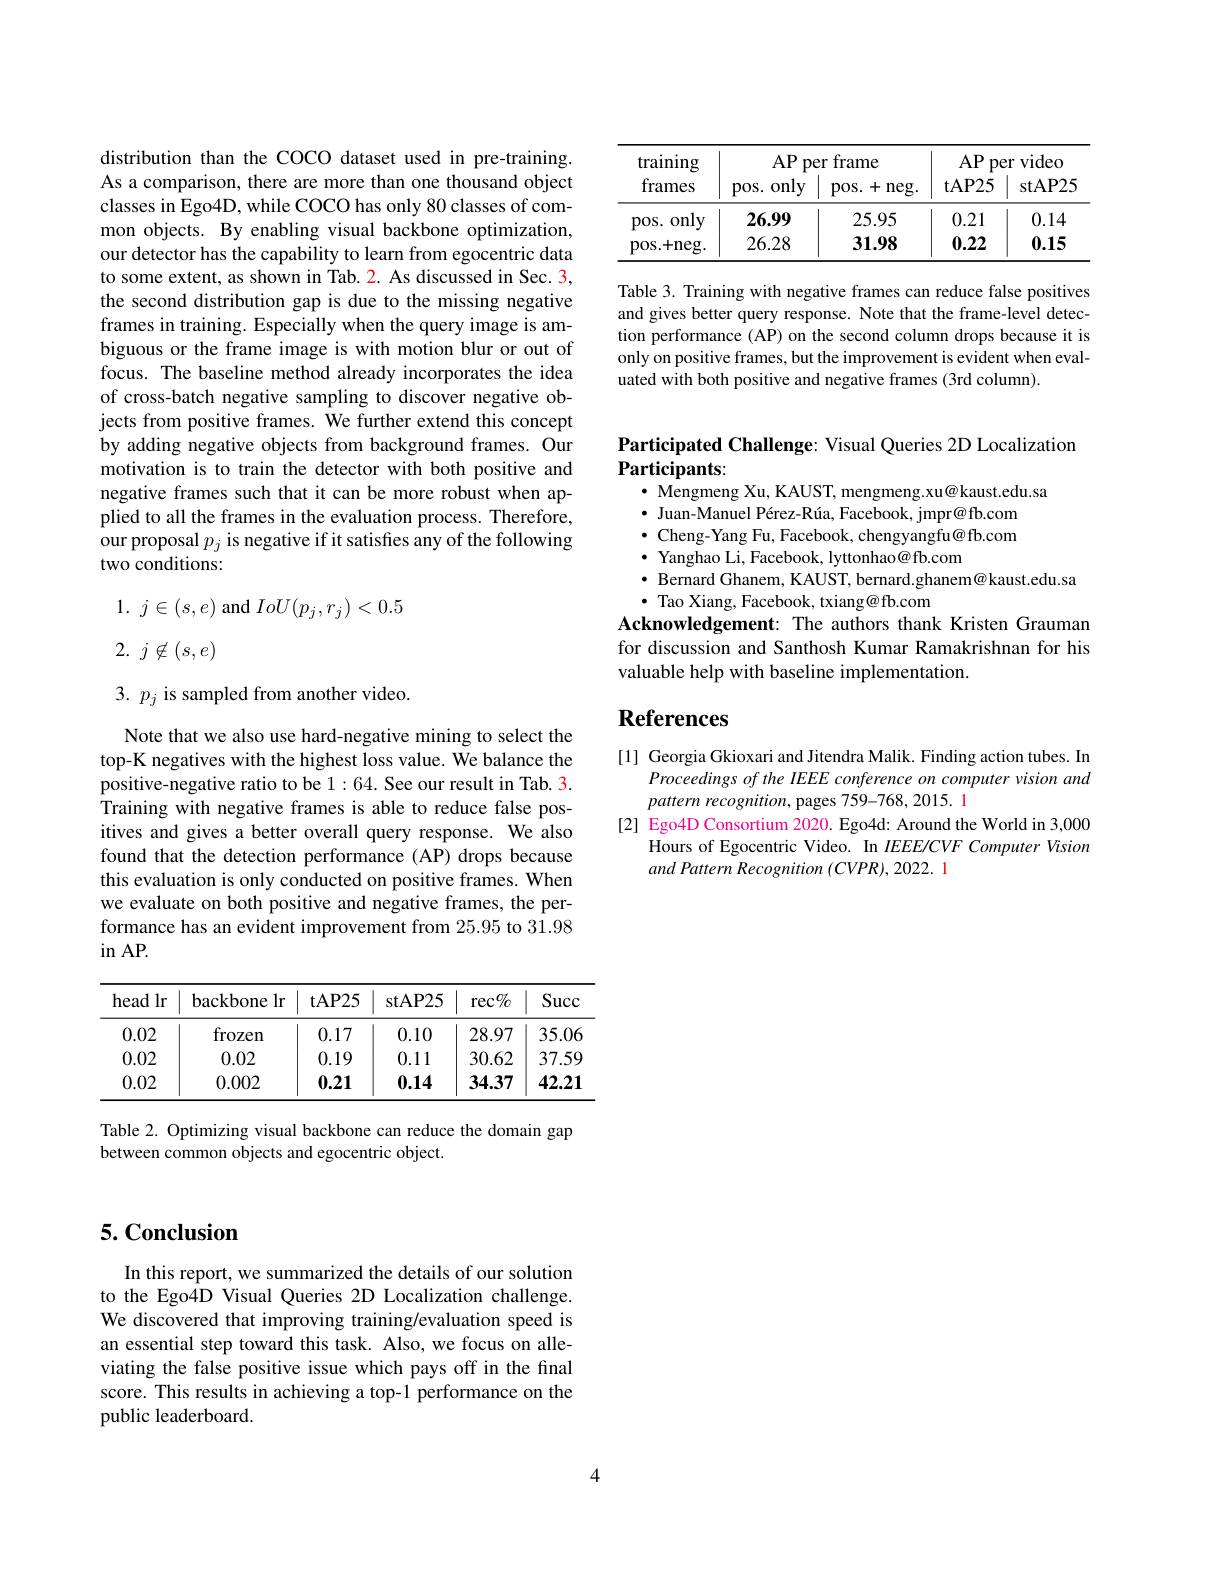
distribution than the COCO dataset used in pre-training. As a comparison, there are more than one thousand object classes in Ego4D, while COCO has only 80 classes of common objects. By enabling visual backbone optimization, our detector has the capability to learn from egocentric data to some extent, as shown in Tab. 2. As discussed in Sec. 3, the second distribution gap is due to the missing negative frames in training. Especially when the query image is ambiguous or the frame image is with motion blur or out of focus. The baseline method already incorporates the idea of cross-batch negative sampling to discover negative objects from positive frames. We further extend this concept by adding negative objects from background frames. Our motivation is to train the detector with both positive and negative frames such that it can be more robust when applied to all the frames in the evaluation process. Therefore, our proposal $p_j$ is negative if it satisfies any of the following two conditions:

1. $j\in ( s, e)$ and $IoU(p_j,r_j)<0.5$
2. $j\not \in ( s, e)$

3. $p_{j}$ is sampled from another video.

Note that we also use hard-negative mining to select the top-K negatives with the highest loss value. We balance the positive-negative ratio to be 1 :64. See our result in Tab. 3. Training with negative frames is able to reduce false positives and gives a better overall query response. We also found that the detection performance (AP) drops because this evaluation is only conducted on positive frames. When we evaluate on both positive and negative frames, the performance has an evident improvement from 25.95 to 31.98 in AP.

<table>
	<tbody>
		<tr>
			<th>head lr</th>
			<th>backbone $\lim_{\mathrm{c}}$</th>
			<th>$\mathbf{tAP25}$</th>
			<th>stAP25</th>
			<th>$rec\%$</th>
			<th>Succ</th>
		</tr>
		<tr>
			<td>0.02</td>
			<td>frozen</td>
			<td>0.17</td>
			<td>0.10</td>
			<td>28.97</td>
			<td>35.06</td>
		</tr>
		<tr>
			<td>0.02</td>
			<td>0.02</td>
			<td>0.19</td>
			<td>0.11</td>
			<td>30.62</td>
			<td>37.59</td>
		</tr>
		<tr>
			<td>0.02</td>
			<td>0.002</td>
			<td>0.21</td>
			<td>0.14</td>
			<td>34.37</td>
			<td>42.21</td>
		</tr>
	</tbody>
</table>

Table 2. Optimizing visual backbone can reduce the domain gap
between common objects and egocentric object.

<table>
	<tbody>
		<tr>
			<th>training frames</th>
			<th>$AP$ $Pi$ pos. only</th>
			<th>frame $\gimel\Upsilon$ pos. + neg. </th>
			<th>$AP$ pe $tAP25$</th>
			<th>video $\Upsilon$ stAP25</th>
		</tr>
		<tr>
			<td>pos. only</td>
			<td>26.99</td>
			<td>25.95</td>
			<td>0.21</td>
			<td>0.14</td>
		</tr>
		<tr>
			<td>pos. + neg. </td>
			<td>26.28</td>
			<td>31.98</td>
			<td>0.22</td>
			<td>0.15</td>
		</tr>
	</tbody>
</table>

Table 3. Training with negative frames can reduce false positives and gives better query response. Note that the frame-level detection performance (AP) on the second column drops because it is only on positive frames, but the improvement is evident when evaluated with both positive and negative frames (3rd column).

## Participated Challenge: Visual Queries 2D Localization Participants: $\cdot$ Mengmeng Xu, KAUST, mengmeng.xu@kaust.edu.sa

$\bullet$ Juan-Manuel Pérez-Rúa, Facebook, jmpr@fb.com $\bullet$ Cheng-Yang Fu, Facebook, chengyangfu@fb.com $\bullet$ Yanghao Li, Facebook, lyttonhao@ fb.com
$\cdot\bar{\text{ Bernard Ghanem, KAUST, bernard.ghanem@kaust.edu.sa}}$
$\cdot$ Tao Xiang, Facebook, txiang@ fb.com
Acknowledgement: The authors thank Kristen Grauman for discussion and Santhosh Kumar Ramakrishnan for his valuable help with baseline implementation.

# References

[1] Georgia Gkioxari and Jitendra Malik. Finding action tubes. In
Proceedings of the IEEE conference on computer vision and
pattern recognition, pages 759-768, 2015. 1
[2] Ego4D Consortium 2020. Ego4d: Around the World in 3,000
Hours of Egocentric Video. In IEEE/CVF Computer Vision
and Pattern Recognition (CVPR), 2022. 1

## 5. Conclusion

In this report, we summarized the details of our solution to the Ego4D Visual Queries 2D Localization challenge. We discovered that improving training/evaluation speed is an essential step toward this task. Also, we focus on alleviating the false positive issue which pays off in the final score. This results in achieving a top-1 performance on the public leaderboard.

4